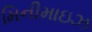
મિનીમાઇઝ